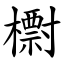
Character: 㯹